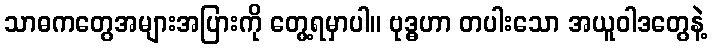
သာဓကတွေအများအပြားကို တွေ့ရမှာပါ။ ဗုဒ္ဓဟာ တပါးသော အယူဝါဒတွေနဲ့